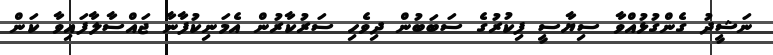
ނަޝީދު ގެންގުޅުއްވާ ސިޔާސީ ފިކުރުގެ ސަބަބުން ދިވެހި ސަރުކާރުން އެމަނިކުފާނާ ޖައްސާލާފައިވާ ކަން